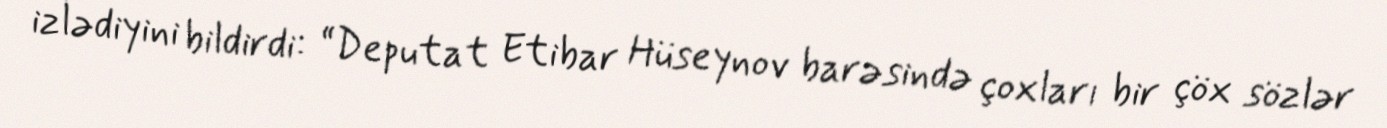
izlədiyini bildirdi: “Deputat Etibar Hüseynov barəsində çoxları bir çöx sözlər